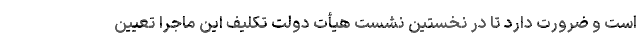
است و ضرورت دارد تا در نخستین نشست هیأت دولت تکلیف این ماجرا تعیین